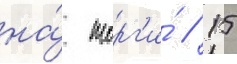
на́ торг'и́ // 15